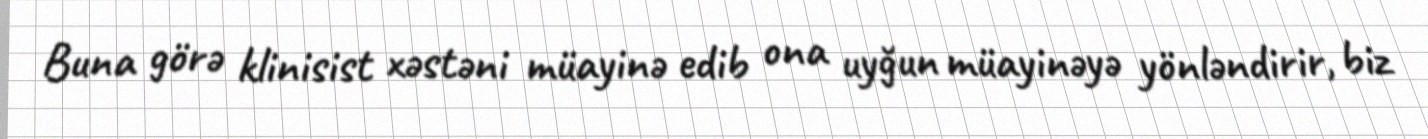
Buna görə klinisist xəstəni müayinə edib ona uyğun müayinəyə yönləndirir, biz